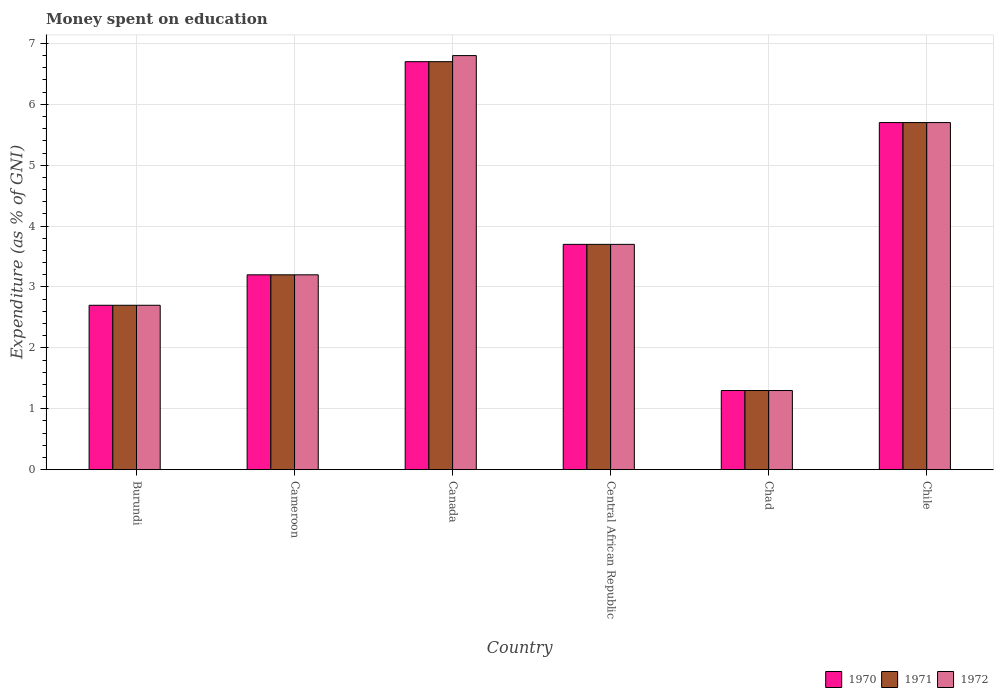
| Country | 1970 | 1971 | 1972 |
 | --- | --- | --- | --- |
 | Burundi | 2.7 | 2.7 | 2.7 |
 | Cameroon | 3.2 | 3.2 | 3.2 |
 | Canada | 6.7 | 6.7 | 6.8 |
 | Central African Republic | 3.7 | 3.7 | 3.7 |
 | Chad | 1.3 | 1.3 | 1.3 |
 | Chile | 5.7 | 5.7 | 5.7 |